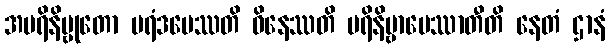
အပရိနိဗ္ဗုတော ပရံဒမေဿတိ ဝိနေဿတိ ပရိနိဗ္ဗာပေဿာတီတိ နေတံ ဌာနံ